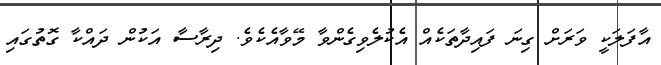
އާފަލަކީ ވަރަށް ގިނަ ފައިދާތަކެއް އެކުލެވިގެންވާ މޭވާއެކެވެ. ދިރާސާ އަކުން ދައްކާ ގޮތުގައި